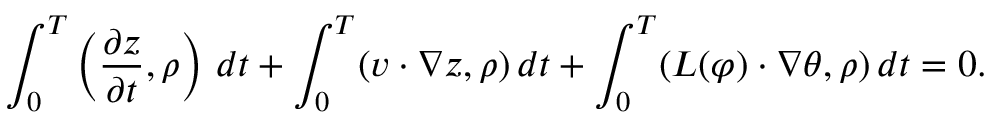
\int _ { 0 } ^ { T } \left( \frac { \partial z } { \partial t } , \rho \right) \, d t + \int _ { 0 } ^ { T } ( v \cdot \nabla z , \rho ) \, d t + \int _ { 0 } ^ { T } ( L ( \varphi ) \cdot \nabla \theta , \rho ) \, d t = 0 .